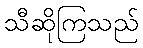
သီဆိုကြသည်